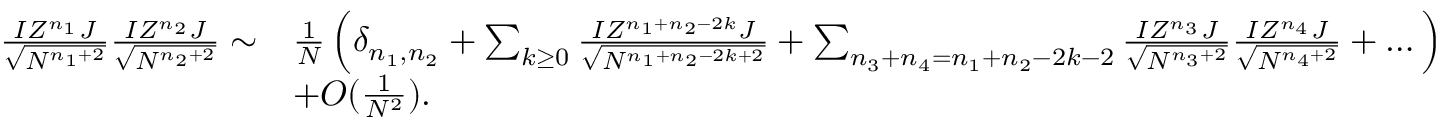
\begin{array} { r l } { \frac { I Z ^ { n _ { 1 } } J } { \sqrt { N ^ { n _ { 1 } + 2 } } } \frac { I Z ^ { n _ { 2 } } J } { \sqrt { N ^ { n _ { 2 } + 2 } } } \sim } & { \frac { 1 } { N } \left( \delta _ { n _ { 1 } , n _ { 2 } } + \sum _ { k \geq 0 } \frac { I Z ^ { n _ { 1 } + n _ { 2 } - 2 k } J } { \sqrt { N ^ { n _ { 1 } + n _ { 2 } - 2 k + 2 } } } + \sum _ { n _ { 3 } + n _ { 4 } = n _ { 1 } + n _ { 2 } - 2 k - 2 } \frac { I Z ^ { n _ { 3 } } J } { \sqrt { N ^ { n _ { 3 } + 2 } } } \frac { I Z ^ { n _ { 4 } } J } { \sqrt { N ^ { n _ { 4 } + 2 } } } + \dots \right) } \\ & { + O ( \frac { 1 } { N ^ { 2 } } ) . } \end{array}